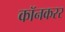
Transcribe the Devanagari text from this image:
कॉनकरर